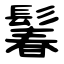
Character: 鬊